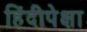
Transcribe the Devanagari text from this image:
हिंदीपेक्षा